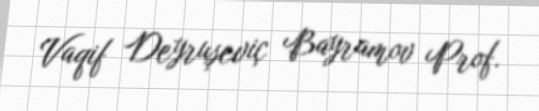
Vaqif Deyruşeviç Bayramov Prof.